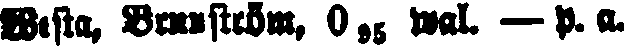
Westa, Brunnström, 0,95 wal. — p. a.